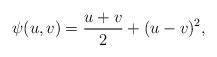
LaTeX: \begin{align*}\psi(u,v) = \frac{u+v}{2}+(u-v)^2,\end{align*}